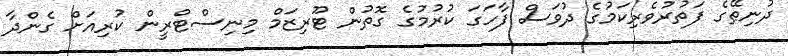
ދުނިޠޭގެ ފަތުރުވެރިކަމުގެ ދުވަސް ފާހަގަ ކުރުމުގެ ގޮތުން ޓޫރިޒަމް މިނިސްޓްރީން ކުރިއަށް ގެންދާ